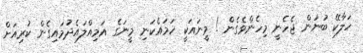
ހަލާކޭ ބުނަން ޖެހެނީ މިހެންވެގެން ! މީނައަކީ ހަމައެކަނި މީނަގެ އަމިއްލައެދުމައިގެން ކުރިއަށް